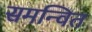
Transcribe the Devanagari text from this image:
समन्‍वित